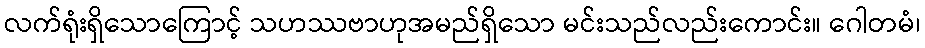
လက်ရုံးရှိသောကြောင့် သဟဿဗာဟုအမည်ရှိသော မင်းသည်လည်းကောင်း။ ဂေါတမံ၊